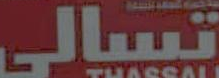
تسالی